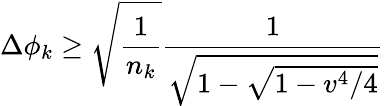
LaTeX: \Delta\phi_{k}\ge\sqrt{\frac{1}{n_{k}}}\frac{1}{\sqrt{1-\sqrt{1-v^{4}/4}}}